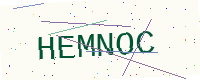
Text: HEMNOC